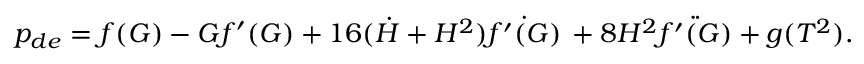
p _ { d e } = f ( G ) - G f ^ { \prime } ( G ) + 1 6 ( \dot { H } + H ^ { 2 } ) \dot { f ^ { \prime } ( G ) } \, + 8 H ^ { 2 } \ddot { f ^ { \prime } ( G ) } + g ( T ^ { 2 } ) .